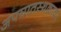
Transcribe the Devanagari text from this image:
अपघातस्थळावर